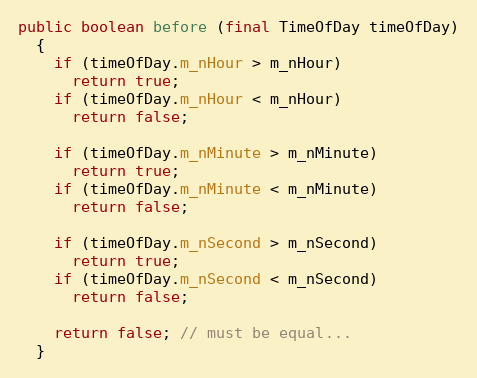
Language: Java
public boolean before (final TimeOfDay timeOfDay)
  {
    if (timeOfDay.m_nHour > m_nHour)
      return true;
    if (timeOfDay.m_nHour < m_nHour)
      return false;

    if (timeOfDay.m_nMinute > m_nMinute)
      return true;
    if (timeOfDay.m_nMinute < m_nMinute)
      return false;

    if (timeOfDay.m_nSecond > m_nSecond)
      return true;
    if (timeOfDay.m_nSecond < m_nSecond)
      return false;

    return false; // must be equal...
  }